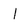
Character: 1